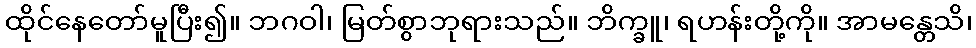
ထိုင်နေတော်မူပြီး၍။ ဘဂဝါ၊ မြတ်စွာဘုရားသည်။ ဘိက္ခူ၊ ရဟန်းတို့ကို။ အာမန္တေသိ၊